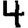
Digit: 4